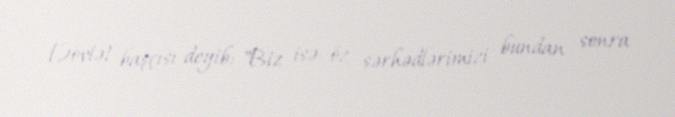
Dövlət başçısı deyib: "Biz isə öz sərhədlərimizi bundan sonra